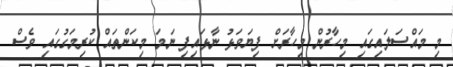
މި މައްސަލައިގައި މިހާރުން މިހާރަށް ފިޔަވަޅު ނާޅައިފި ނަމަ މިކަންތައް ކުރިމަގުގައި ވެސް